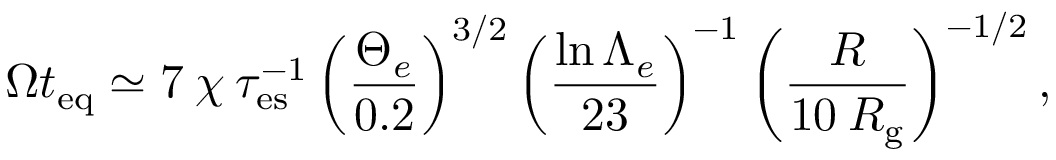
\Omega t _ { \mathrm { e q } } \simeq 7 \: \chi \: \tau _ { \mathrm { e s } } ^ { - 1 } \left( \frac { \Theta _ { e } } { 0 . 2 } \right) ^ { 3 / 2 } \left( \frac { \ln { \Lambda _ { e } } } { 2 3 } \right) ^ { - 1 } \left( \frac { R } { 1 0 \: R _ { \mathrm { g } } } \right) ^ { - 1 / 2 } ,